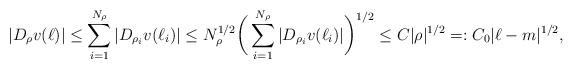
LaTeX: \begin{align*}|D_{\rho} v(\ell)| &\leq \sum_{i = 1}^{N_{\rho}} |D_{\rho_{i}} v(\ell_{i})| \leq N_{\rho}^{1/2} \bigg( \sum_{i = 1}^{N_{\rho}} |D_{\rho_{i}} v(\ell_{i})| \bigg)^{1/2} \leq C|\rho|^{1/2} =: C_{0}|\ell - m|^{1/2}, \end{align*}